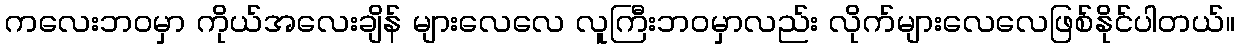
ကလေးဘဝမှာ ကိုယ်အလေးချိန် များလေလေ လူကြီးဘဝမှာလည်း လိုက်များလေလေဖြစ်နိုင်ပါတယ်။